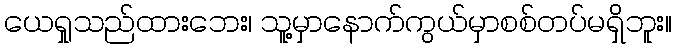
ယေရှုသည်ထားဘေး၊ သူ့မှာနောက်ကွယ်မှာစစ်တပ်မရှိဘူး။